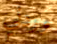
وردني